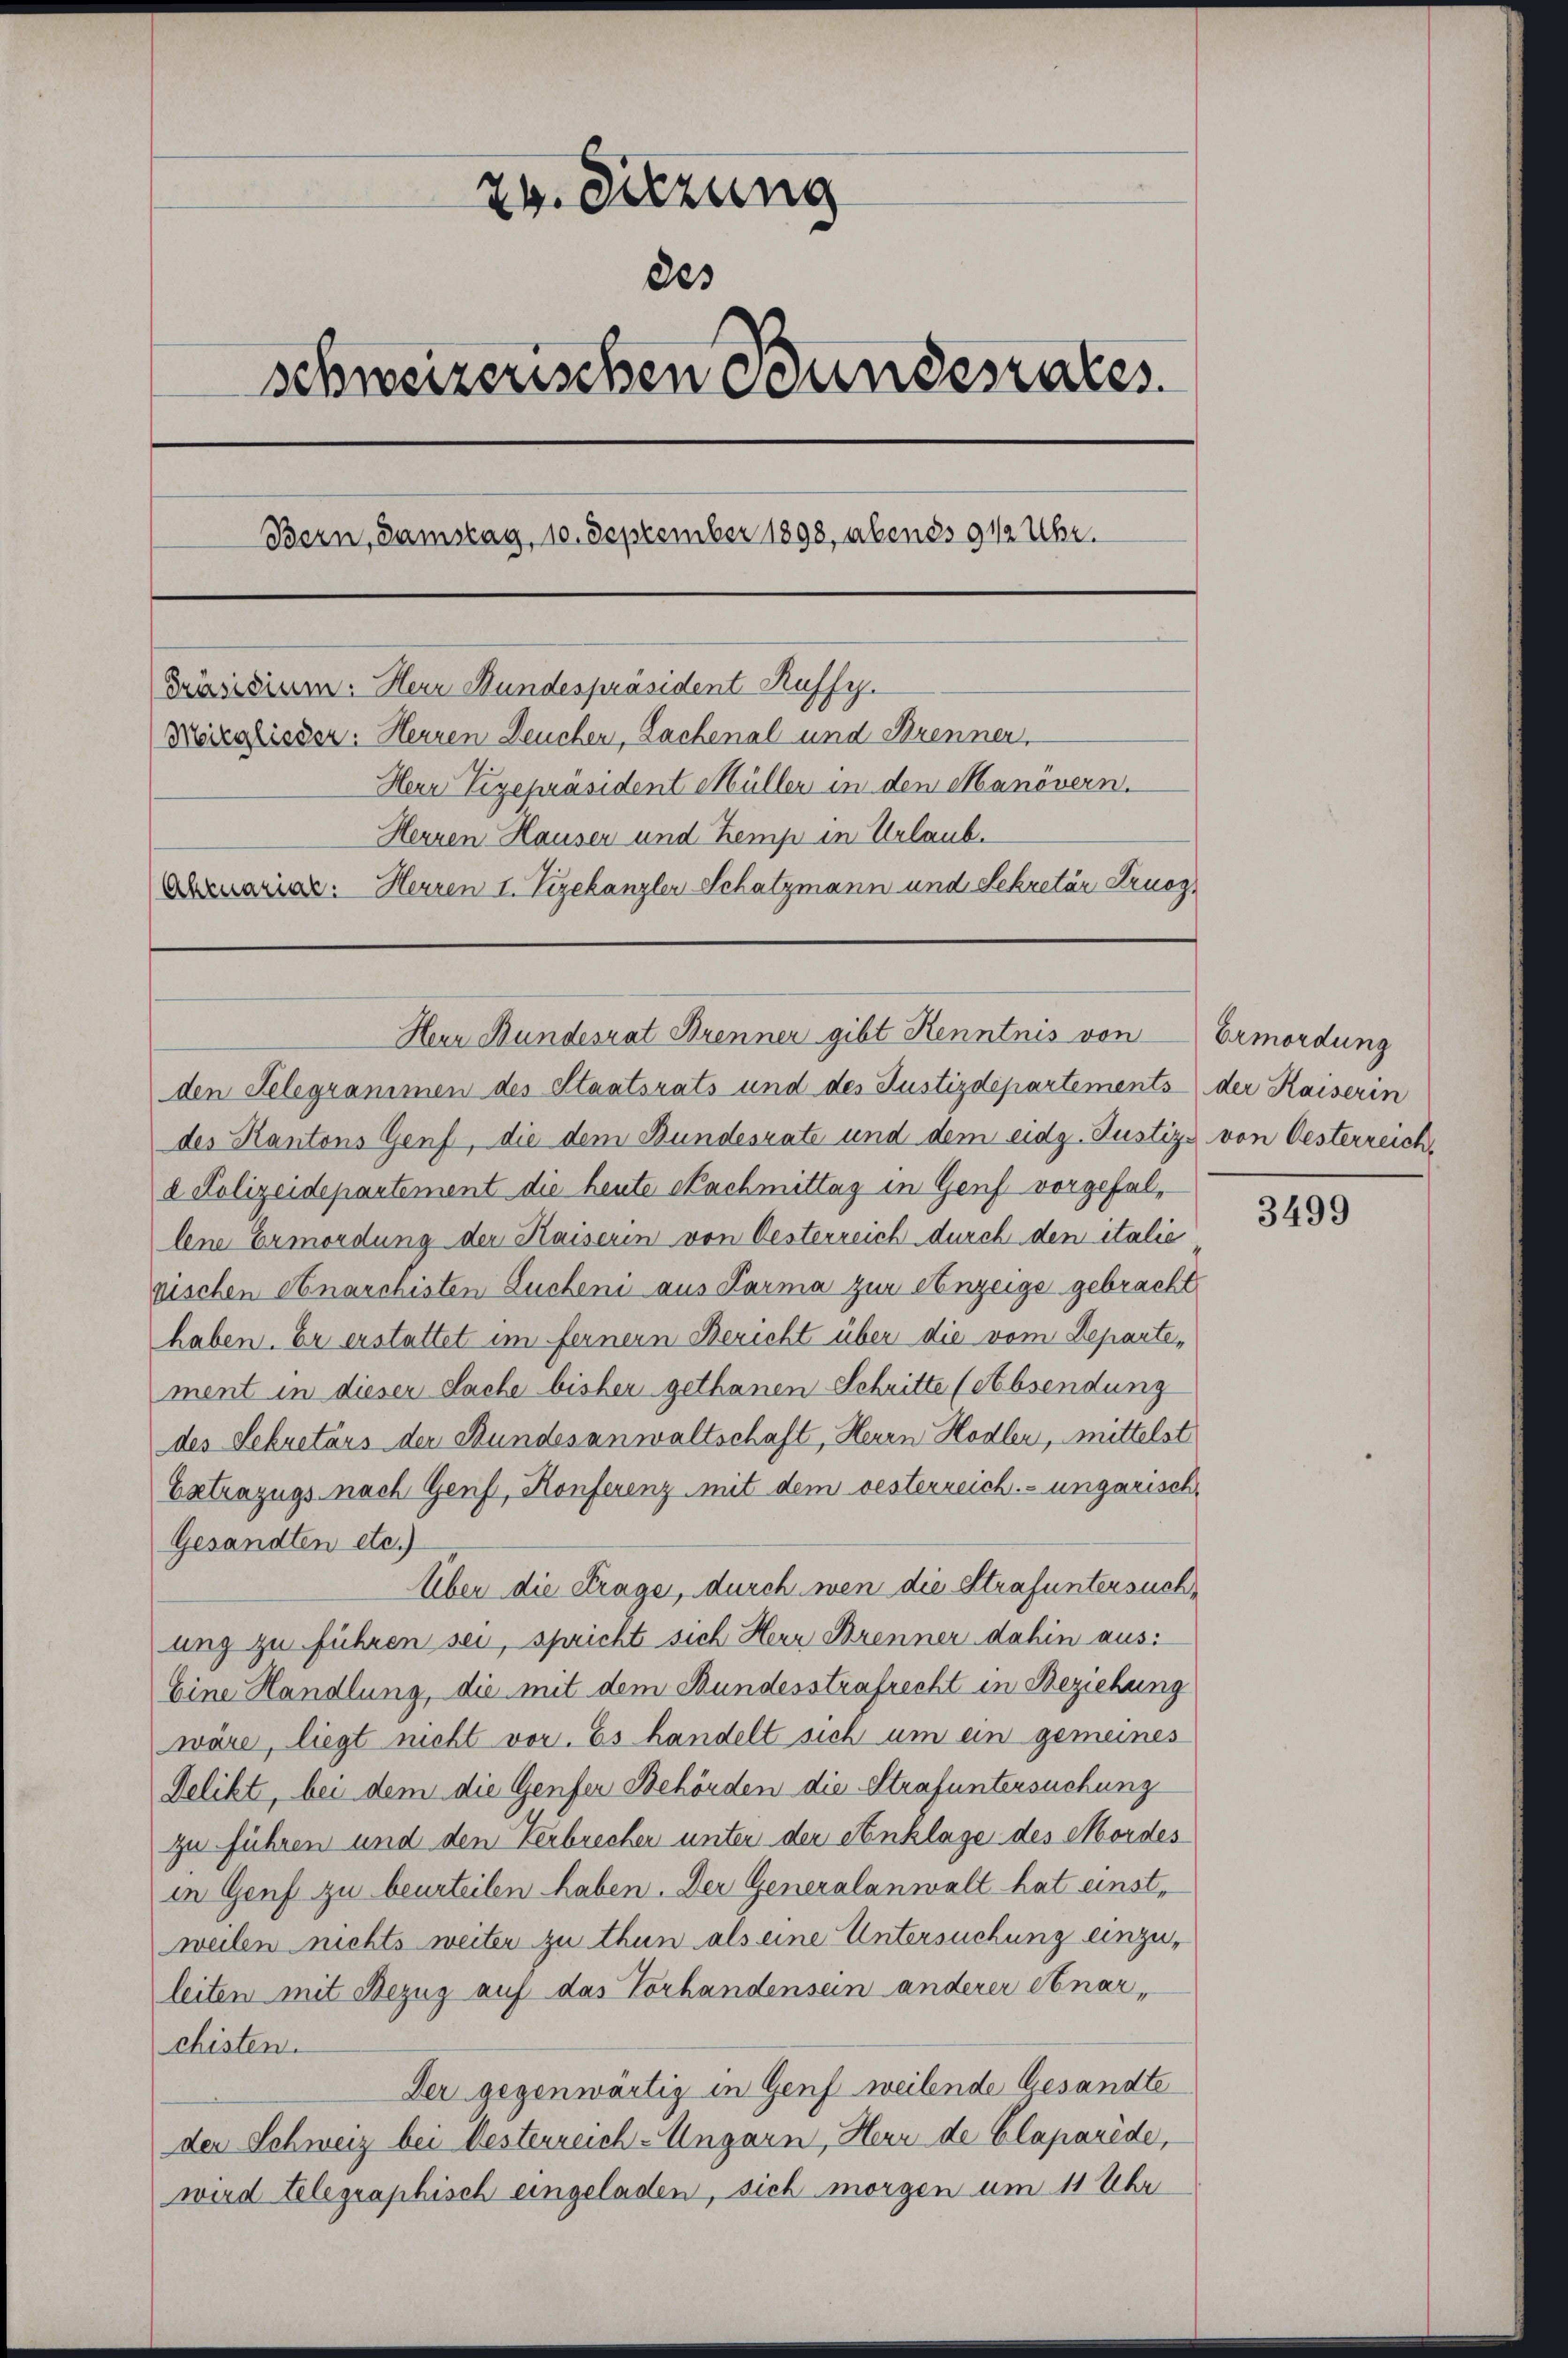
24. Sitzung
des
schweizerischen Bundesrates
Bern, Samstag, 10. September 1898, abends 9 1/2 Uhr.
Präsidium. Herr Bundespräsident Ruffy.
Nörglisser: Herren Deucher, Lachenal und Brenner
Herr Vizepräsident Müller in den Manövern.
Herren Hauser und Zemp in Urlaub.
Abruaris. Herren I. Vizekanzler Schatzmann und Sekretär Arnog

Herr Bundesrat Brenner gibt Kenntnis von Ermordung

den Telegrammen des Staatsrats und des Justizdepartements der Kaiserin
des Kantons Genf, die dem Bundesrate und dem eidg. Justiz, von Oesterreich,
d Polizeidepartement die heute Nachmittag in Genf vorgefallene Ermordung der Kaiserin von Oesterreich durch den italie
rischen Anarchisten Sucheni aus Parma zur Anzeige gebracht
haben. Er erstattet im fernern Bericht über die vom Departement in dieser Sache bisher gethanen Schritte (Absendung
des Sekretärs der Bundesanwaltschaft, Herrn Hodler, mittelst
Extrazugs nach Genf, Konferenz mit dem besterreich.-ungarisch-
Gesandten etc.)
Über die Frage, durch wen die Strafuntersuchung zu führen sei, spricht sich Herr Brenner dahin aus:
Eine Handlung, die mit dem Bundesstrafrecht in Beziehung
wäre, liegt nicht vor. Es handelt sich um ein gemeines
Delikt, bei dem die Genfer Behörden die Strafuntersuchung
zu führen und den Verbrechen unter der Anklage des Mordes
in Genf zu beurteilen haben. Der Generalanwalt hat einstweilen nichts weiter zu thun als eine Untersuchung einzuleiten mit Bezug auf das Vorhandensein anderer Anarchisten.
Der gegenwärtig in Genf weilende Gesandte
der Schweiz bei Oesterreich-Ungarn, Herr de Claparide,
wird telegraphisch eingeladen, sich morgen um 11 Uhr

3499